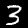
Digit: 3